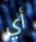
أي